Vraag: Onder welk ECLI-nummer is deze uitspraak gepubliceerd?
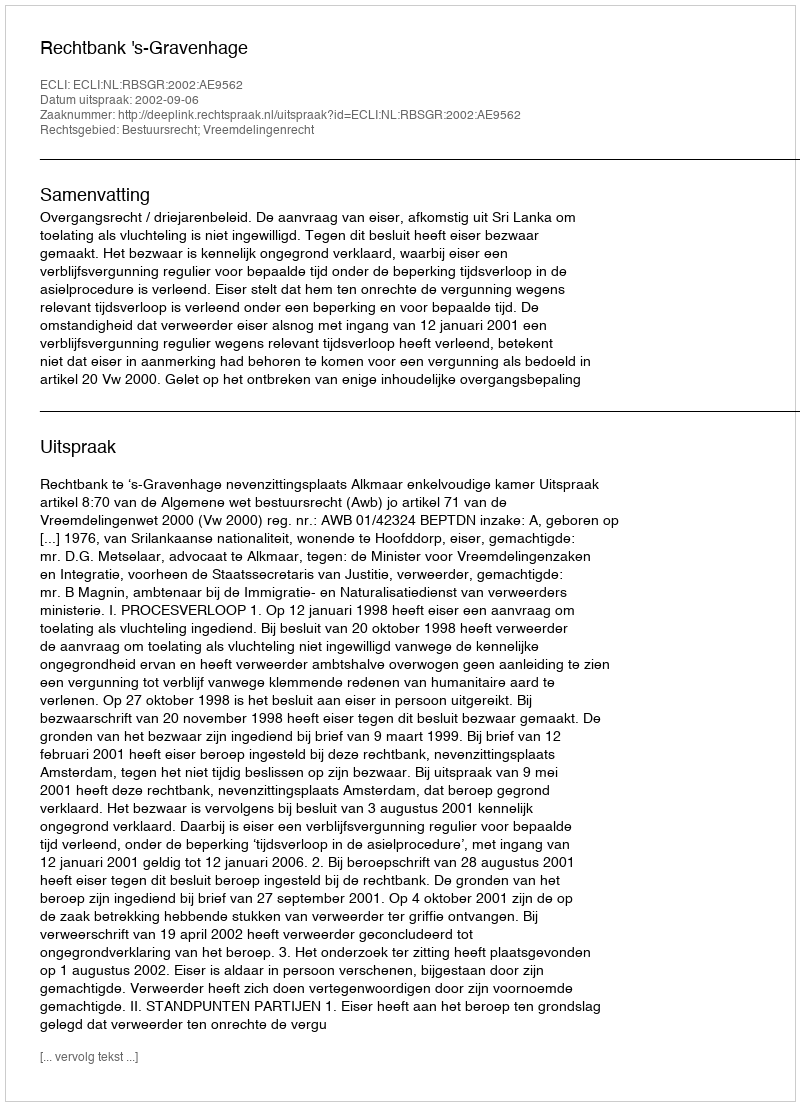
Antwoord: ECLI:NL:RBSGR:2002:AE9562